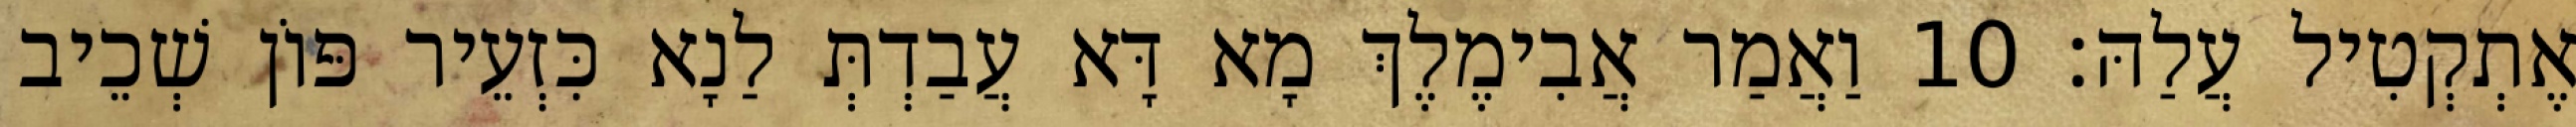
אֶתְקְטִיל עֲלַהּ׃ 10 וַאֲמַר אֲבִימֶלֶךְ מָא דָּא עֲבַדְתְּ לַנָא כִּזְעֵיר פּוֹן שְׁכֵיב